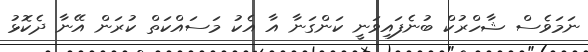
ނަމަވެސް ޝާހްރުކް ބުނެފައިވަނީ ކަންގަނާ އާ އެކު މަސައްކަތް ކުރަން އޭނާ ދެކޮޅު